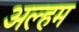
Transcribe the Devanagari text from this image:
अल्हम